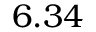
6 . 3 4